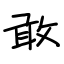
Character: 敢